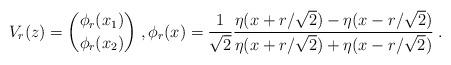
LaTeX: \begin{align*} V_r(z)=\binom{\phi_r(x_1)}{\phi_r(x_2)}\;,\phi_r(x)=\frac1{\sqrt{2}}\frac{\eta(x+r/\sqrt{2})-\eta(x-r/\sqrt{2})}{\eta(x+r/\sqrt{2})+\eta(x-r/\sqrt{2})}\;. \end{align*}